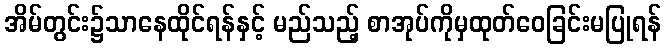
အိမ်တွင်း၌သာနေထိုင်ရန်နှင့် မည်သည့် စာအုပ်ကိုမှထုတ်ဝေခြင်းမပြုရန်